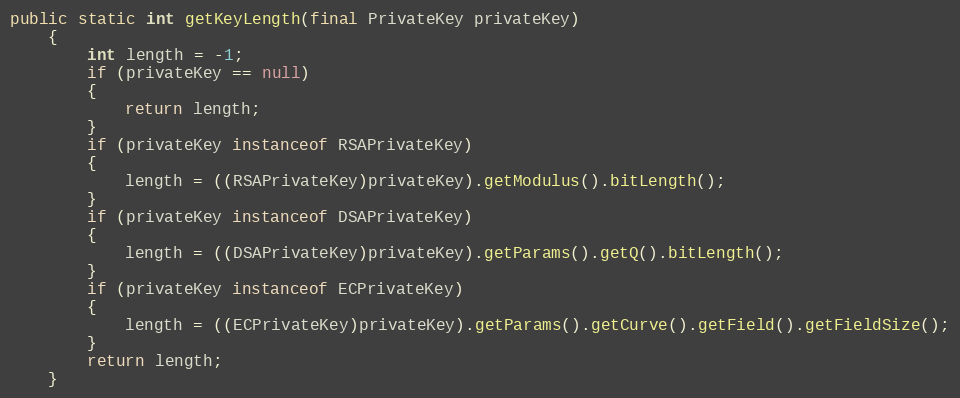
Language: Java
public static int getKeyLength(final PrivateKey privateKey)
	{
		int length = -1;
		if (privateKey == null)
		{
			return length;
		}
		if (privateKey instanceof RSAPrivateKey)
		{
			length = ((RSAPrivateKey)privateKey).getModulus().bitLength();
		}
		if (privateKey instanceof DSAPrivateKey)
		{
			length = ((DSAPrivateKey)privateKey).getParams().getQ().bitLength();
		}
		if (privateKey instanceof ECPrivateKey)
		{
			length = ((ECPrivateKey)privateKey).getParams().getCurve().getField().getFieldSize();
		}
		return length;
	}